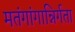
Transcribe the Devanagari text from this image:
मतंगांगान्निर्गता